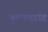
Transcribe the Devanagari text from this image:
वुल्फहाउंड